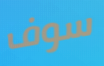
سوف